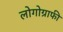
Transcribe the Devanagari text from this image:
लोगोग्राफी